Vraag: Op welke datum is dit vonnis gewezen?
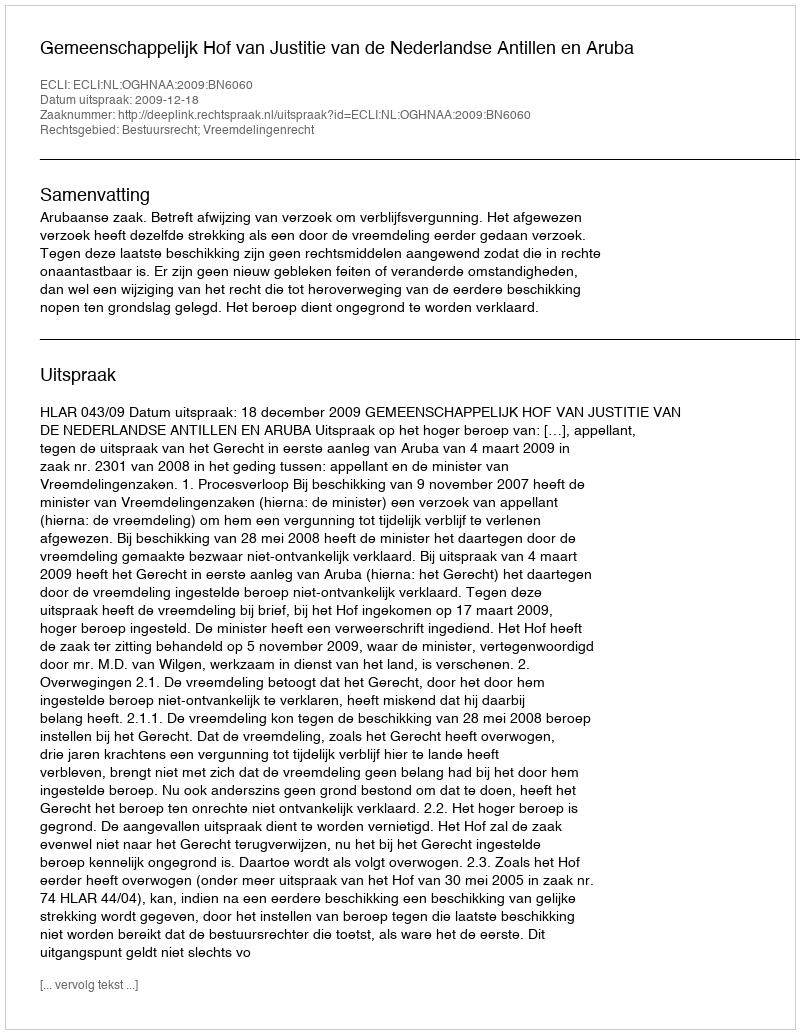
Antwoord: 2009-12-18